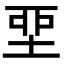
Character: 𡋲